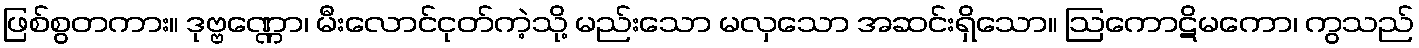
ဖြစ်စွတကား။ ဒုဗ္ဗဏ္ဏော၊ မီးလောင်ငုတ်ကဲ့သို့ မည်းသော မလှသော အဆင်းရှိသော။ ဩကောဋိမကော၊ ကွသည်